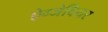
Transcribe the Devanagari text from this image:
ऐग्जेवियर